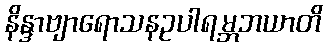
နိန္ဒာဗျာရောသနဥပါရမ္ဘဘယာတိ